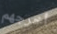
أخرجهم